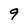
Character: 9